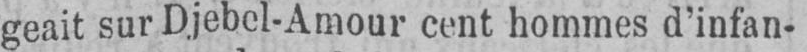
geait sur Djebel-Amour cent hommes d’infan-